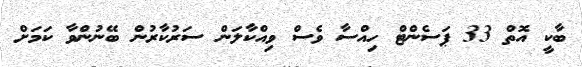
ބާކީ އޮތް 33 ޕަސެންޓް ހިއްސާ ވެސް ވިއްކާލަން ސަރުކާރުން ބޭނުންވާ ކަމަށް